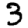
Digit: 3